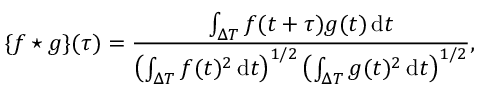
\{ f \star g \} ( \tau ) = \frac { \int _ { \Delta T } f ( t + \tau ) g ( t ) \, \mathrm { d } t } { \left( \int _ { \Delta T } f ( t ) ^ { 2 } \, \mathrm { d } t \right) ^ { 1 / 2 } \left( \int _ { \Delta T } g ( t ) ^ { 2 } \, \mathrm { d } t \right) ^ { 1 / 2 } } ,